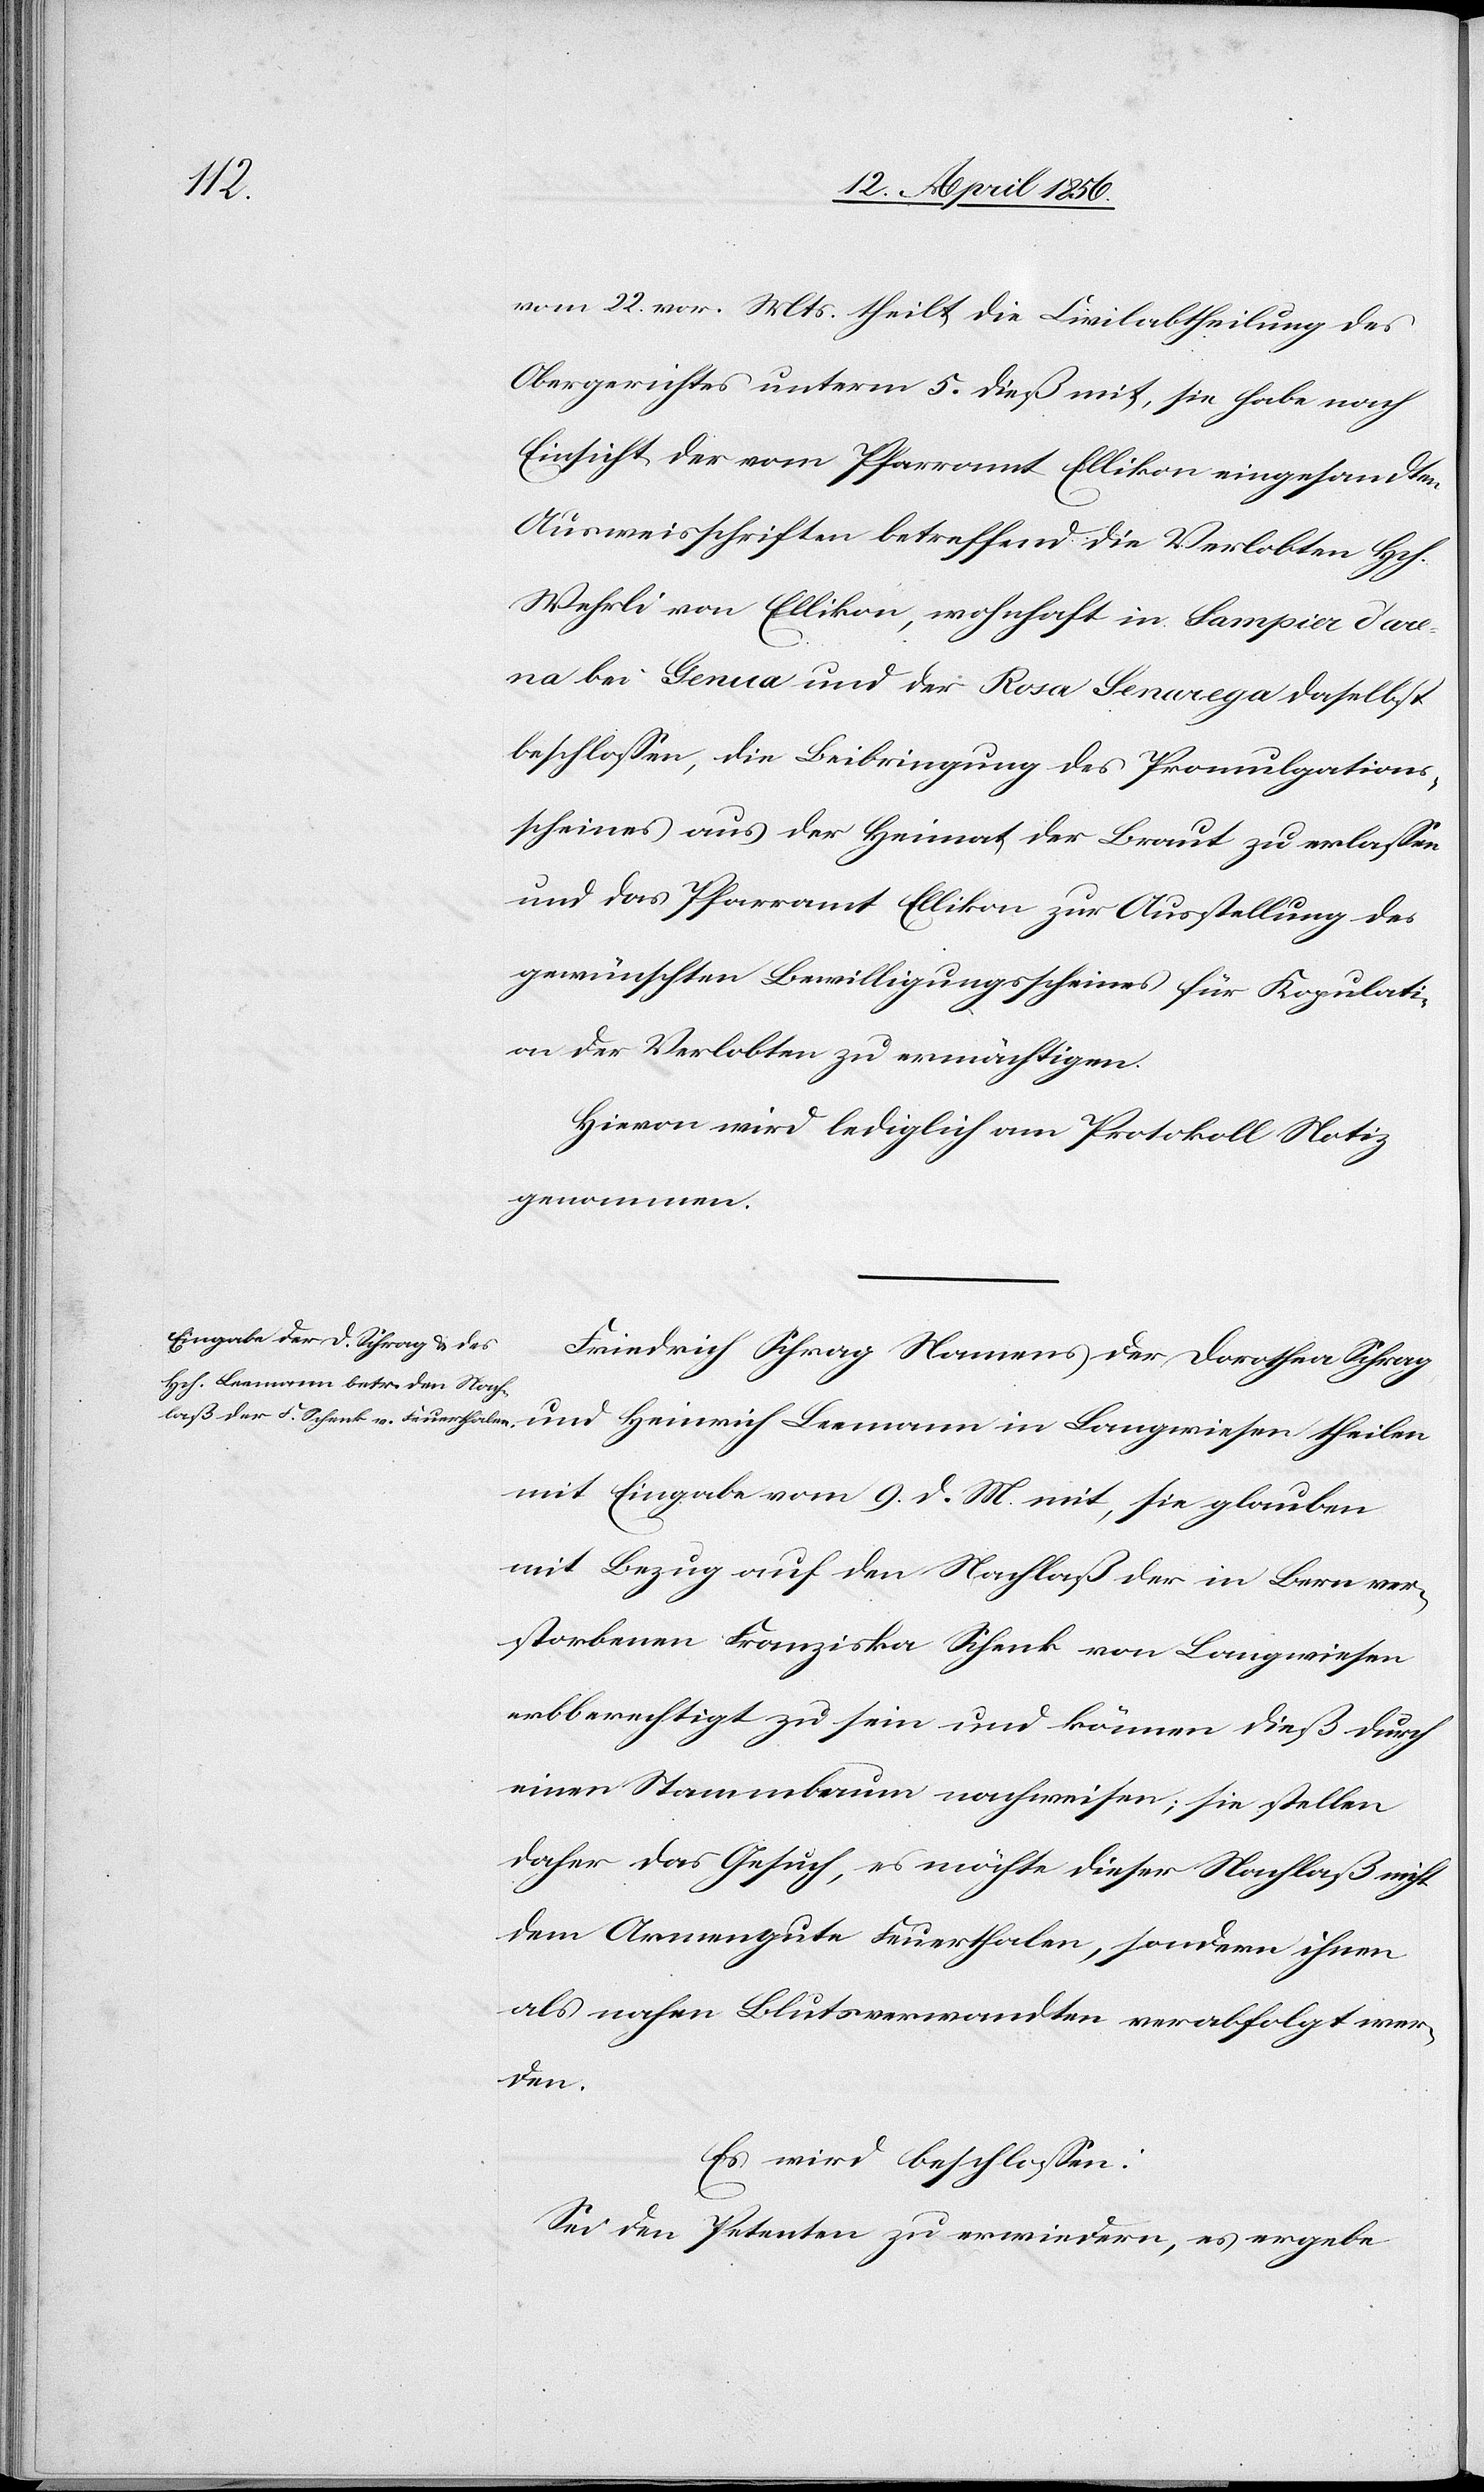
vom 22. vor. Mts. theilt die Civilabtheilung des
Obergerichtes unterm 5. dieß mit, sie habe nach
Einsicht der vom Pfarramt Ellikon eingesandten
Ausweisschriften betreffend die Verlobten Hch.
Wehrli von Ellikon, wohnhaft in Sampier d’are¬
na bei Genua und der Rosa Senarega [sic!] daselbst
beschlossen, die Beibringung des Promulgations¬
scheines aus der Heimat der Braut zu erlassen
und das Pfarramt Ellikon zur Ausstellung des
gewünschten Bewilligungsscheines für Kopulati¬
on der Verlobten zu ermächtigen.
Hievon wird lediglich am Protokoll Notiz
genommen.
Friedrich Schrag Namens der Dorothea Schrag
mit Eingabe vom 9. d. M. mit, sie glauben
mit Bezug auf den Nachlaß der in Bern ver¬
storbenen Franziska Schenk von Langwiesen
erbberechtigt zu sein und können dieß durch
einen Stammbaum nachweisen; sie stellen
daher das Gesuch, es möchte dieser Nachlaß nicht
dem Armengute Feuerthalen, sondern ihnen
als nahem Blutsverwandten verabfolgt wer¬
den.
Es wird beschlossen:
Sei den Petenten zu erwiedern, es ergebe